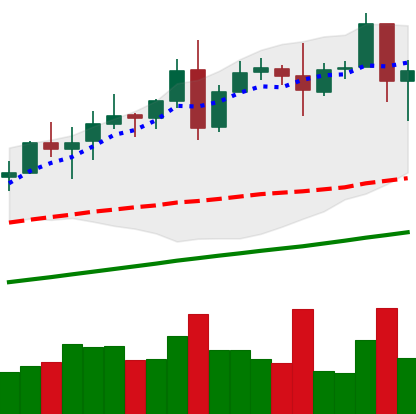
Ticker: TRX-USD
Chart end date: 2020-08-12
Forward return: 49.027%
Label: up_7plus